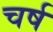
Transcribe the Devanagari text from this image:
चर्ष